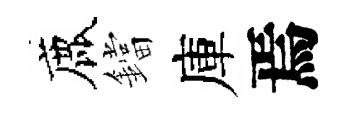
鹿鐺庫焉